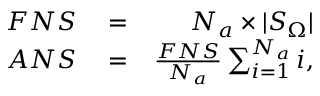
\begin{array} { r l r } { F N S } & { { } = } & { N _ { a } \times | S _ { \Omega } | } \\ { A N S } & { { } = } & { \frac { F N S } { N _ { a } } \sum _ { i = 1 } ^ { N _ { a } } i , } \end{array}